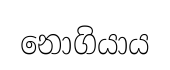
නොගියාය